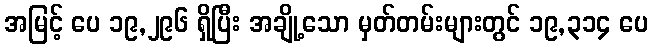
အမြင့် ပေ ၁၉,၂၉၆ ရှိပြီး အချို့သော မှတ်တမ်းများတွင် ၁၉,၃၁၄ ပေ